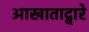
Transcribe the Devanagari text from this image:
आखाताद्वारे